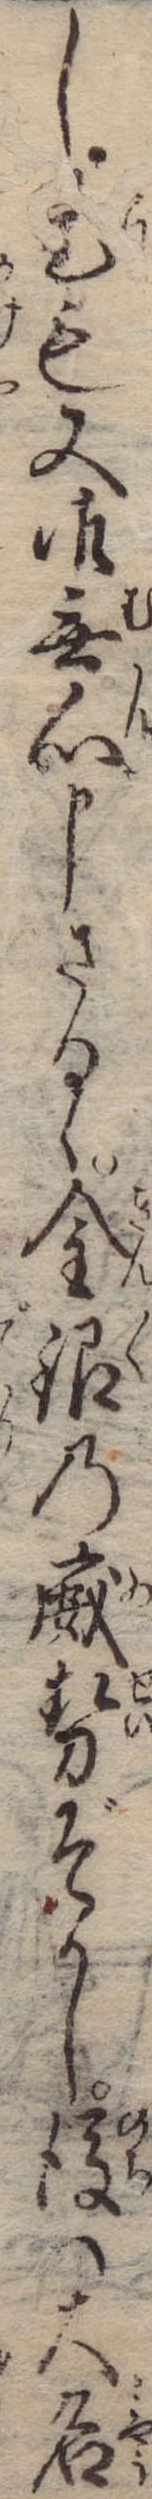
し是も又御無心申さるゝ金銀の威勢ぞかし後は大名